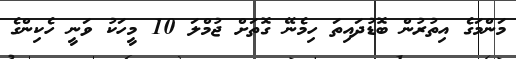
މަންމަގެ އިތުރުން ބޮޑުދައިތަ ހިމެނޭ ގޮތަށް ޖުމްލަ 10 މީހަކު ވަނީ ހެކިންގެ